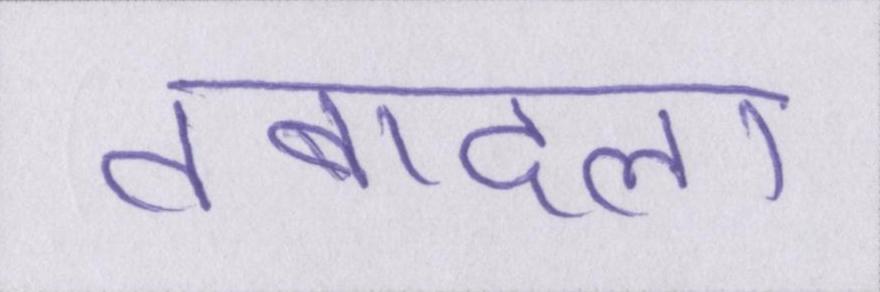
तबादला